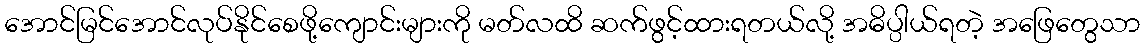
အောင်မြင်အောင်လုပ်နိုင်စေဖို့ကျောင်းများကို မတ်လထိ ဆက်ဖွင့်ထားရတယ်လို့ အဓိပ္ပါယ်ရတဲ့ အဖြေတွေသာ